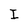
Character: I